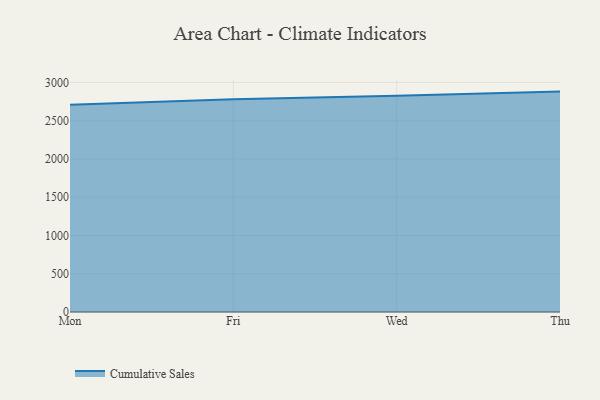
{"axis": {"x": "Day", "y": "Satisfaction Score"}, "legend": ["Cumulative Sales"], "data": [{"x": "Mon", "y": 2708.5, "type": "Cumulative Sales"}, {"x": "Fri", "y": 2780.0, "type": "Cumulative Sales"}, {"x": "Wed", "y": 2827.0, "type": "Cumulative Sales"}, {"x": "Thu", "y": 2881.2, "type": "Cumulative Sales"}]}